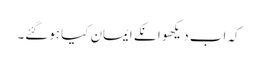
کہ اب دیکھو انکے ایمان کیا ہوگئے۔